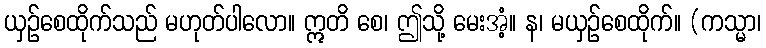
ယှဉ်စေထိုက်သည် မဟုတ်ပါလော။ ဣတိ စေ၊ ဤသို့ မေးအံ့။ န၊ မယှဉ်စေထိုက်။ (ကသ္မာ၊